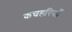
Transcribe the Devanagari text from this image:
कचहरियाँ